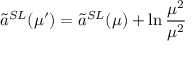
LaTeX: \tilde { a } ^ { S L } ( \mu ^ { \prime } ) = \tilde { a } ^ { S L } ( \mu ) + \ln \frac { \mu ^ { 2 } } { \mu ^ { 2 } }